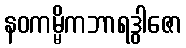
နဝကမ္မိကဘာရဒွါဇော